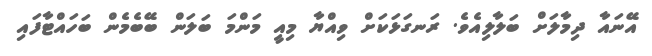
އޭނައާ ދިމާލަށް ބަލާލިއެވެ. ރަނގަޅަކަށް ވިއްޔާ މިއީ މަންމަ ބަލަން ބޭބެމެން ބަހައްޓާފައި